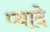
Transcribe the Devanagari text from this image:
प्‍यादे